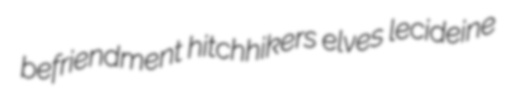
befriendment hitchhikers elves lecideine